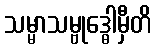
သမ္မာသမ္ဗုဒ္ဓေါမှီတိ